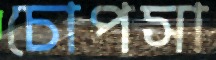
চোপসা